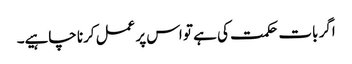
اگر بات حکمت کی ہے تو اس پر عمل کرنا چاہیے۔